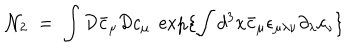
{ \mathcal N } _ { 2 } \; = \; \int { \mathcal D } { \bar { c } } _ { \mu } { \mathcal D } c _ { \mu } \; \exp \{ \int d ^ { 3 } x { \bar { c } } _ { \mu } \epsilon _ { \mu \lambda \nu } \partial _ { \lambda } c _ { \nu } \}